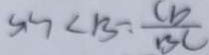
\sin \angle B = \frac { C D } { B C }